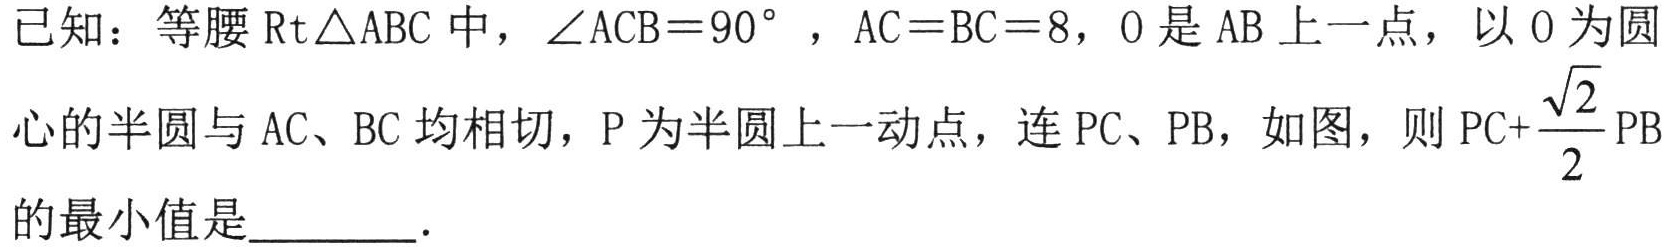
已知：等腰\(\text{Rt}\triangle ABC\)中，\(\angle ACB = 90^{\circ}\)，\(AC = BC = 8\)，\(O\)是\(AB\)上一点，以\(O\)为圆
心的半圆与\(AC\)、\(BC\)均相切，\(P\)为半圆上一动点，连\(PC\)、\(PB\)，如图，则\(PC+\frac{\sqrt{2}}{2}PB\)
的最小值是________.